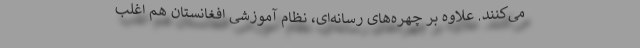
می‌کنند. علاوه بر چهره‌های رسانه‌ای، نظام آموزشی افغانستان هم اغلب